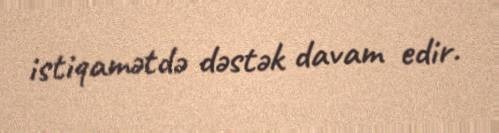
istiqamətdə dəstək davam edir.